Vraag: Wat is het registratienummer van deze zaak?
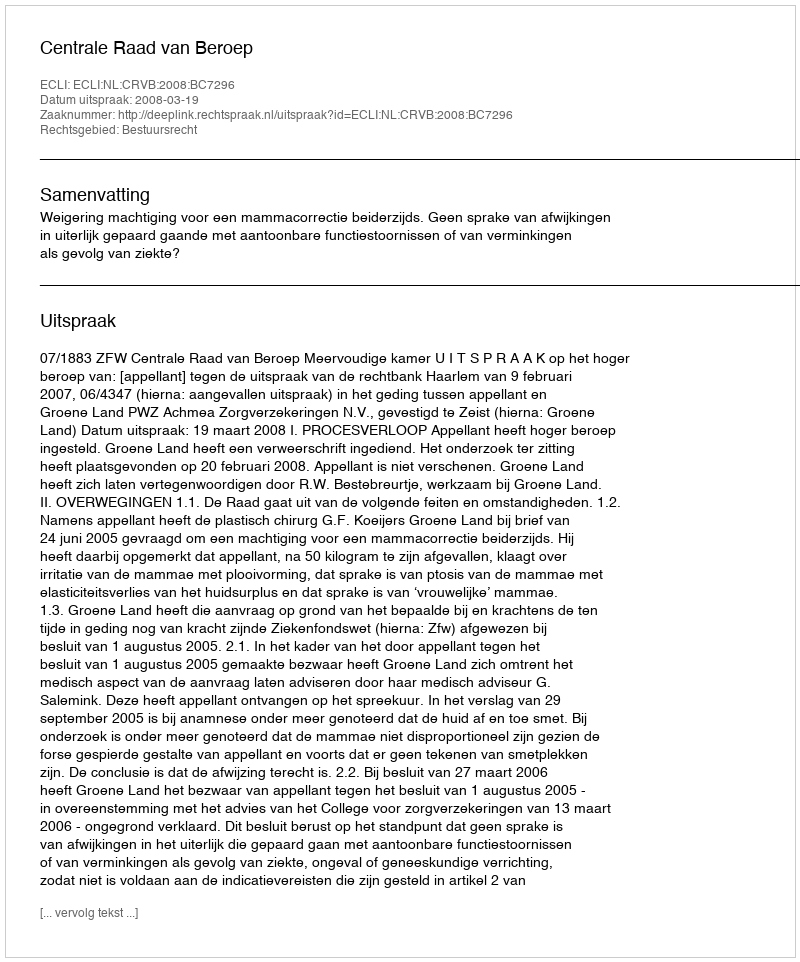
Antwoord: http://deeplink.rechtspraak.nl/uitspraak?id=ECLI:NL:CRVB:2008:BC7296